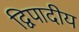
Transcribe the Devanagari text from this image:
द्विपादीय